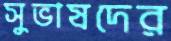
সুভাষদের